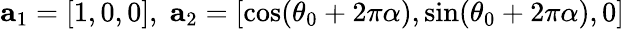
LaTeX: {\mathbf a}_{1}=[1,0,0],\; {\mathbf a}_{2}=[\cos(\theta_{0}+2\pi\alpha),\sin(\theta_{0}+2\pi\alpha),0]